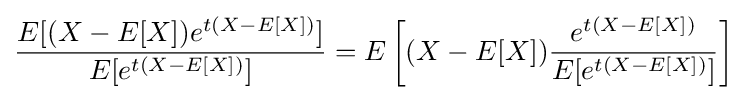
{\frac {E[(X-E[X])e^{t(X-E[X])}]}{E[e^{t(X-E[X])}]}}=E\left[(X-E[X]){\frac {e^{t(X-E[X])}}{E[e^{t(X-E[X])}]}}\right]